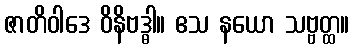
ဇာတိဝါဒေ ဝိနိဗဒ္ဓါ။ ဧသ နယော သဗ္ဗတ္ထ။